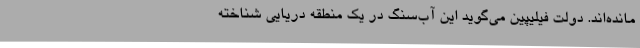
مانده‌اند. دولت فیلیپین می‌گوید این آب‌سنگ در یک منطقه دریایی شناخته